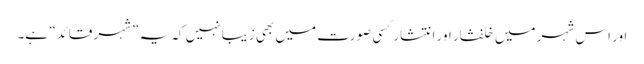
اور اس شہر میں خلفشار اور انتشار کسی صورت میں بھی زیبا نہیں کہ یہ ”شہر قائد“ ہے۔